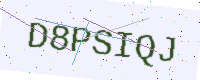
Text: D8PSIQJ